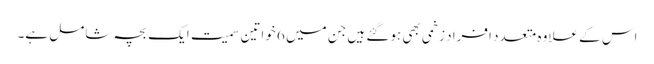
اس کے علاوہ متعدد افراد زخمی بھی ہوگئے ہیں جن میں 6 خواتین سمیت ایک بچہ شامل ہے۔